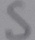
Text: S